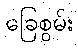
ခြေစွမ်း